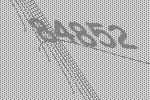
84852